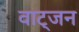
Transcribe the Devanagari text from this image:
वाट्जन